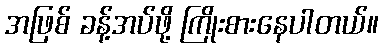
အဖြစ် ခန့်အပ်ဖို့ ကြိုးစားနေပါတယ်။